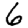
Digit: 6